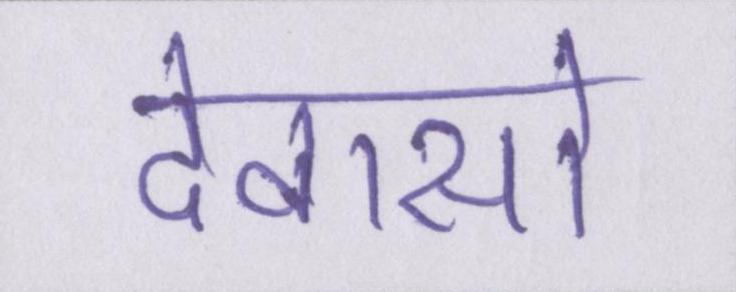
देवासो